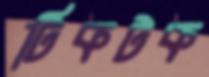
টিকটক